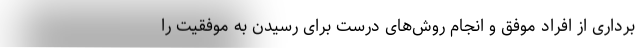
برداری از افراد موفق و انجام روش‌های درست برای رسیدن به موفقیت را